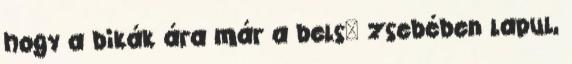
hogy a bikák ára már a belsı zsebében lapul,